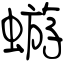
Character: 蝣